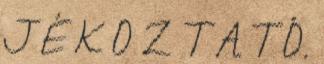
J É K O Z T A T Ó.